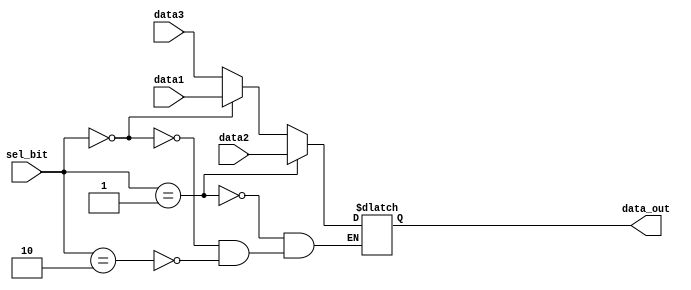
`timescale 1ns / 1ps
module mux_3x1(data1, data2, data3, sel_bit, data_out);
	input [31:0] data1, data2, data3;
	input [1:0] sel_bit;
	output reg [31:0] data_out;
	
	always@(*) begin
		if(sel_bit == 2'b01)
			data_out <= data2;
		else if (sel_bit == 2'b00)
			data_out <= data1;
		else if (sel_bit == 2'b10)
			data_out <= data3;
	end
endmodule